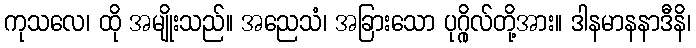
ကုသလေ၊ ထို အမျိုးသည်။ အညေသံ၊ အခြားသော ပုဂ္ဂိုလ်တို့အား။ ဒါနမာနနာဒီနိ၊